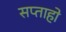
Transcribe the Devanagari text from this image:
सप्ताहो